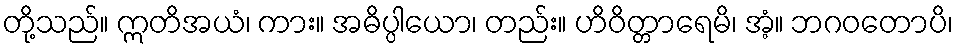
တို့သည်။ ဣတိအယံ၊ ကား။ အဓိပ္ပါယော၊ တည်း။ ဟိဝိတ္တာရေမိ၊ အံ့။ ဘဂဝတောပိ၊